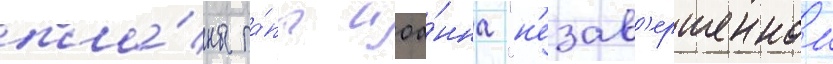
пла́ны па́пы иоа́нна "н'езав'ершеннои